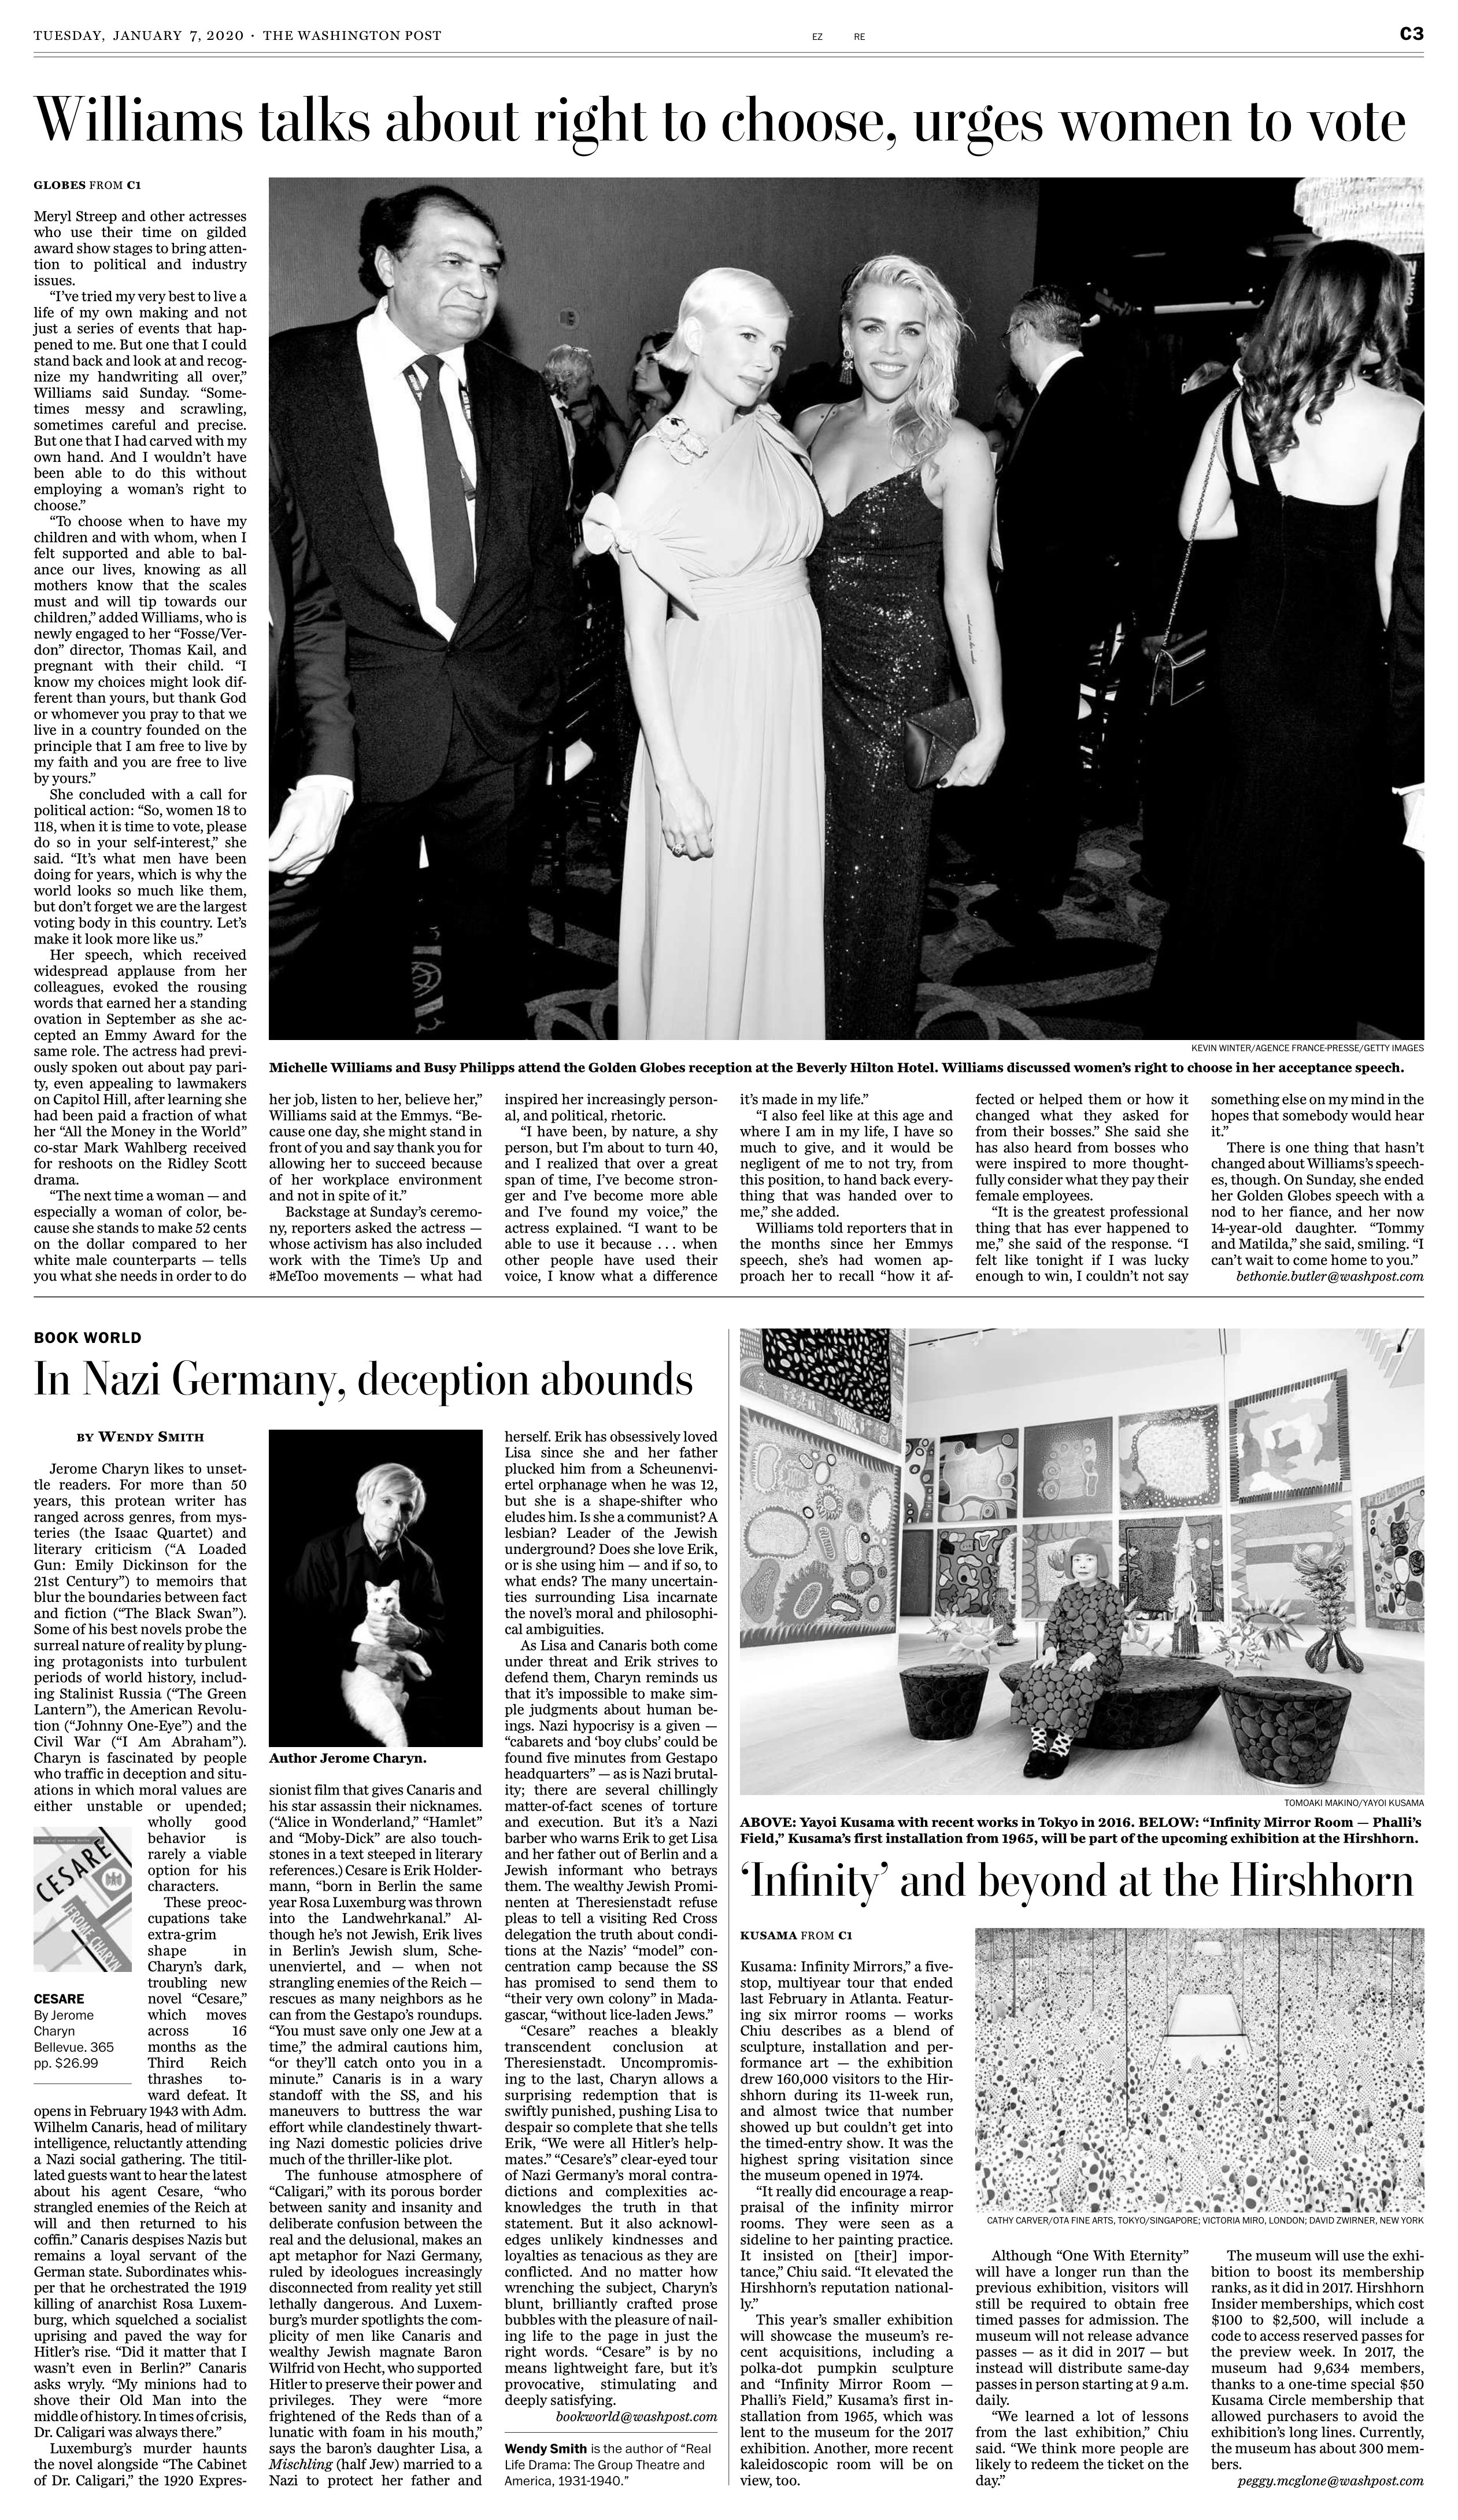
Language: en